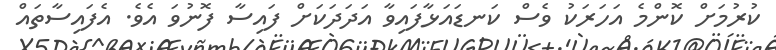
ކުރުމަށް ކޮންމެ އަހަރަކު ވެސް ކަނޑައަޅާފައިވާ އަދަދަކަށް ފައިސާ ފޮނުވަ އެވެ. އެފައިސާތައް